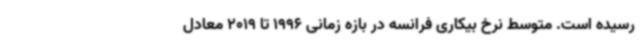
رسیده است. متوسط نرخ بیکاری فرانسه در بازه زمانی 1996 تا 2019 معادل